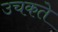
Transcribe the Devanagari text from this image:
उचकते